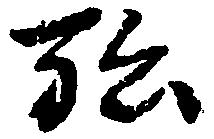
弘